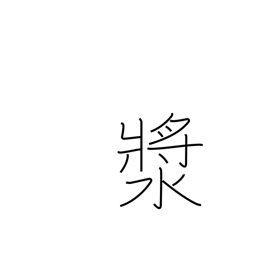
Meaning: a drink